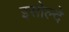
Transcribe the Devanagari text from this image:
इसोल्दे